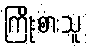
ကြိုးစားသူ